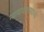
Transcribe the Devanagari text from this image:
न्यायाधीशपदाच्या